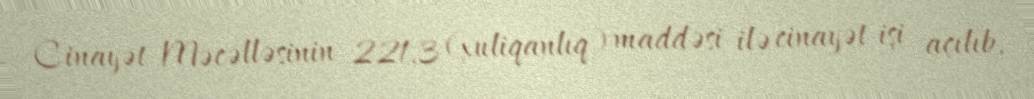
Cinayət Məcəlləsinin 221.3 (xuliqanlıq) maddəsi ilə cinayət işi açılıb,